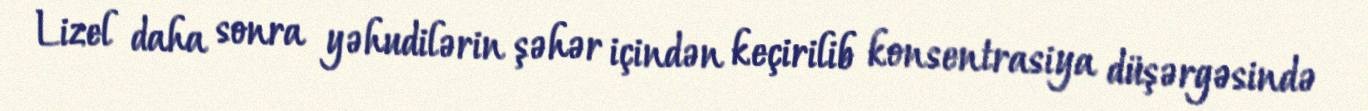
Lizel daha sonra yəhudilərin şəhər içindən keçirilib konsentrasiya düşərgəsində